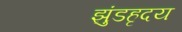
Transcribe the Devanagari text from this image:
झुंडहृदय